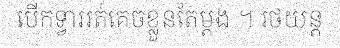
បើកទ្វាររត់គេចខ្លួនតែម្តង ។ រថយន្ត